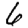
Digit: 6